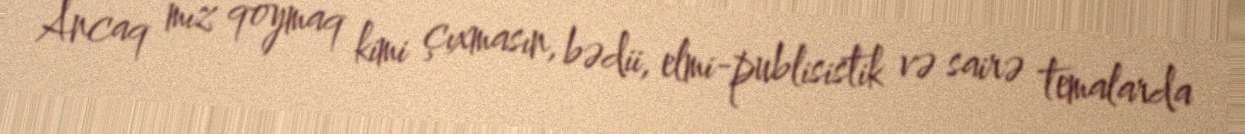
Ancaq mız qoymaq kimi çıxmasın, bədii, elmi-publisistik və sairə temalarda